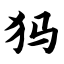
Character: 犸